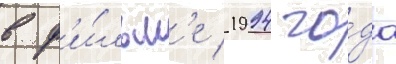
в ф'и́льм'е 1994 го́да